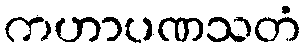
ကဟာပဏသတံ